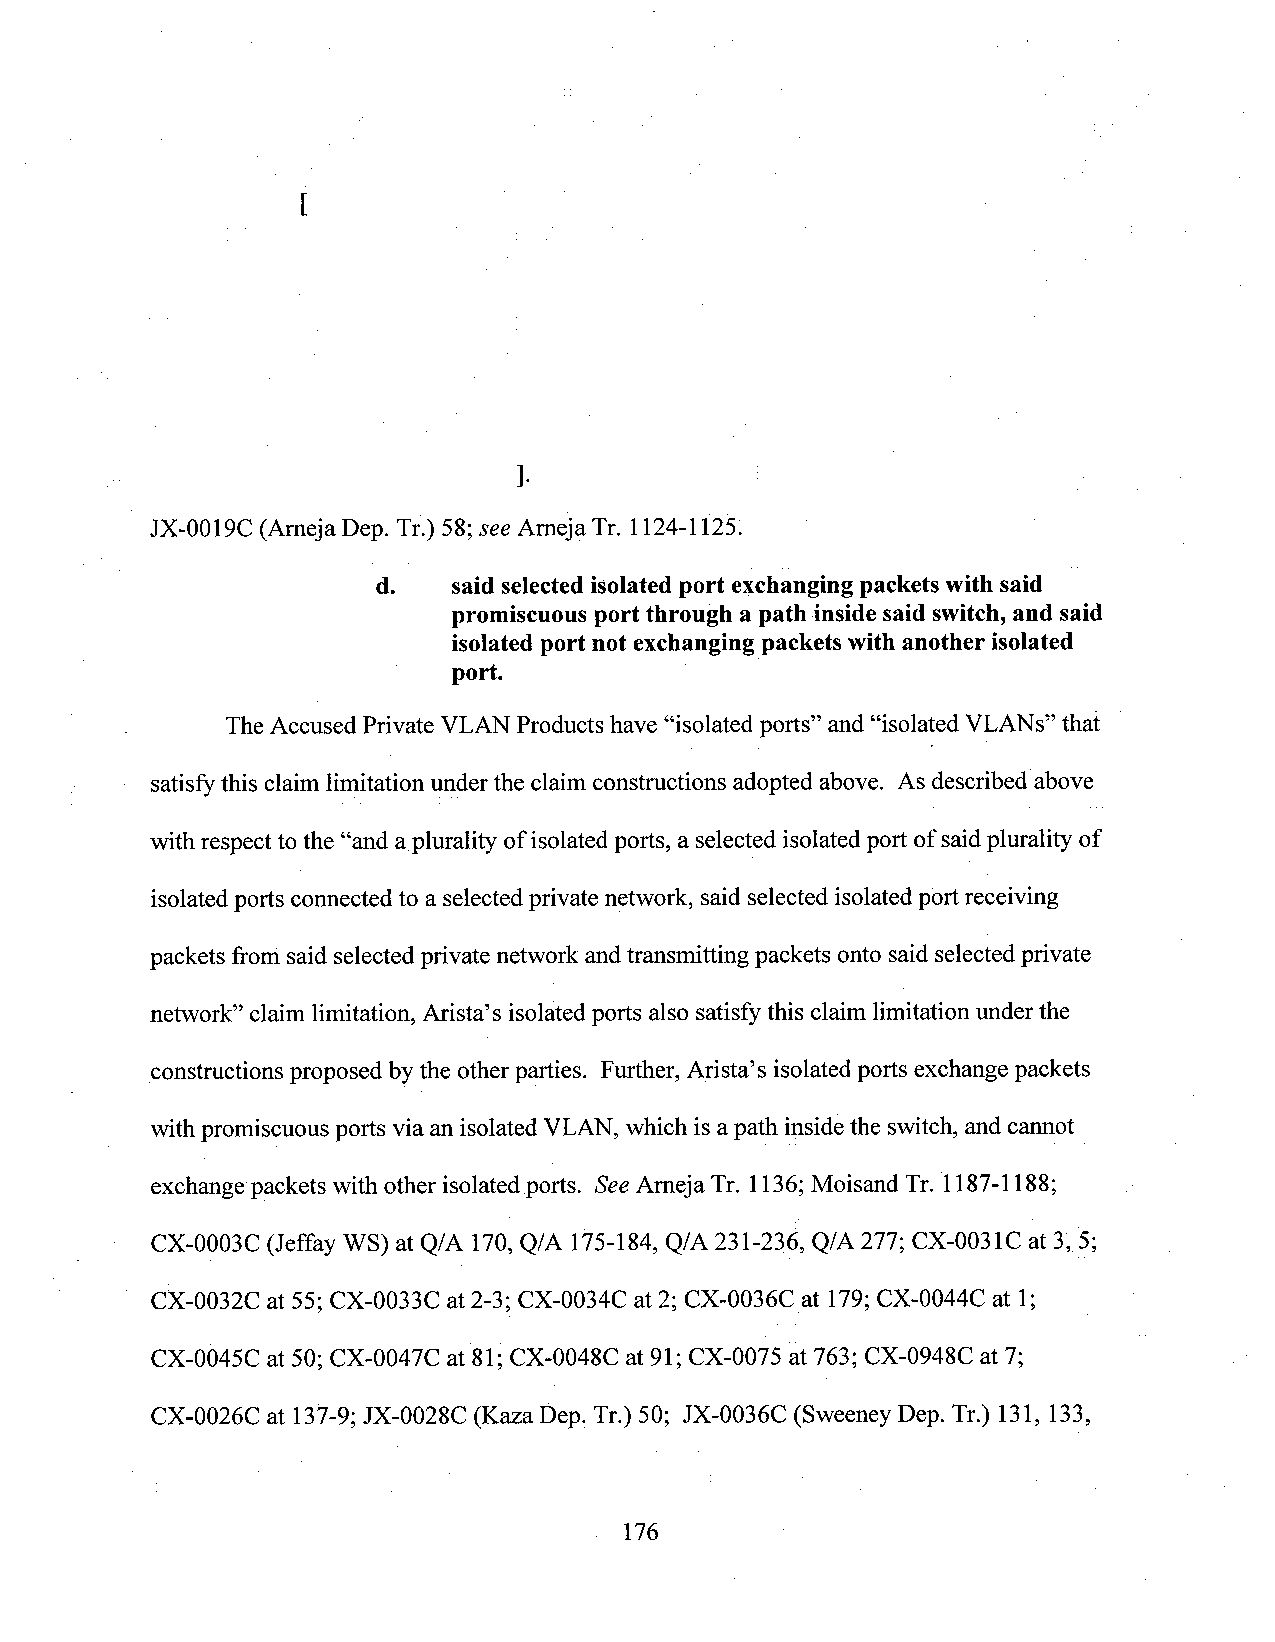
[
 ].
 JX-0019C (Arneja Dep. Tr.) 58;see Arneja Tr. 1124-112.5.
 d.   said selectedisolated port exchanging packets with said
 promiscuous port through a path insidesaid switch,and said
 isolatedport not exchangingpackets with another isolated
 port.          "
 TheAccused Private VLAN Products have “isolated ports” and “isolated VLANs” that
 satisfythis claim limitation underthe claim constructions adopted above. As describedabove
 withrespecttothe “and aplurality ofisolatedports, a selectedisolatedport ofsaidplurality of
 isolatedports connected to a selectedprivate network, said selected isolated port receiving
 packets from said selected private network andtransmitting packets onto said selectedprivate
 network” claim limitation, Arista’s isolatedports also satisfy this claim limitationunder the
 constructions proposed by the other parties. Further, Arista’s isolated ports exchange packets
 withpromiscuous ports via anisolated VLAN, which is apath inside the switch, and cannot
 exchange packets with other isolated ports. SeeArneja Tr. 1136;Moisand Tr.1187-1188;
 CX-0003C (Jeffay WS) at Q/A 170,Q/A 175-184, Q/A 231-236, Q/A 277; CX-0031C at 3, 5;
 CX-0032C at 55; CX-0033C at2-3; CX-0034C at 2; CX-0036C at 179;CX-0044C at l;
 CX-0045C at 50; CX-0047C at 81; CX-0048C at 91; CX-0075 at 763; CX-0948C at 7;
 CX-0026C at 137-9; JX-0028C (Kaza Dep. Tr.) 50; JX-0036C (Sweeney Dep. Tr.) 131, 133,
 176